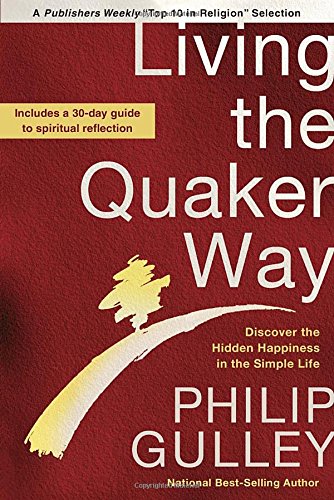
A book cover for Living the Quaker Way: Discover the Hidden Happiness in the Simple Life; Philip Gulley; Christian Books & Bibles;